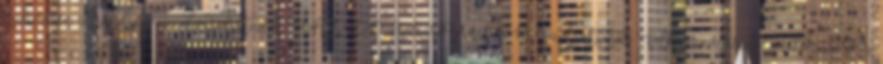
Sikeresen elküldted az olvasólistádat. HASZNÁLTAUTÓK Szolgáltatás Felhasználási feltételek IOS